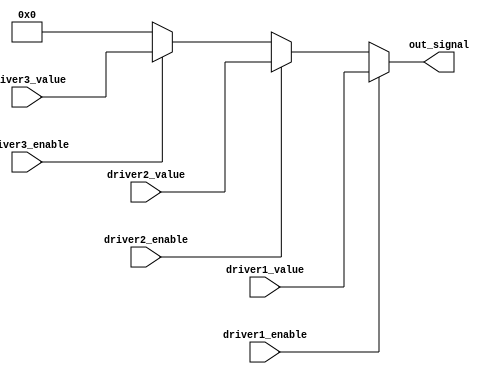
module multiple_drivers (
    input wire driver1_enable,
    input wire driver2_enable,
    input wire driver3_enable,
    input wire [3:0] driver1_value,
    input wire [3:0] driver2_value,
    input wire [3:0] driver3_value,
    output wire [3:0] out_signal
);

// Declare the signal that will be driven by multiple sources
wire [3:0] driver1_output;
wire [3:0] driver2_output;
wire [3:0] driver3_output;

// Continuous assignments for each driver
assign driver1_output = driver1_enable ? driver1_value : 4'bz; // High impedance when not enabled
assign driver2_output = driver2_enable ? driver2_value : 4'bz; // High impedance when not enabled
assign driver3_output = driver3_enable ? driver3_value : 4'bz; // High impedance when not enabled

// Resolution strategy: prioritize driver1 > driver2 > driver3
assign out_signal = (driver1_enable) ? driver1_value :
                    (driver2_enable) ? driver2_value :
                    (driver3_enable) ? driver3_value : 4'b0000; // Default value

endmodule